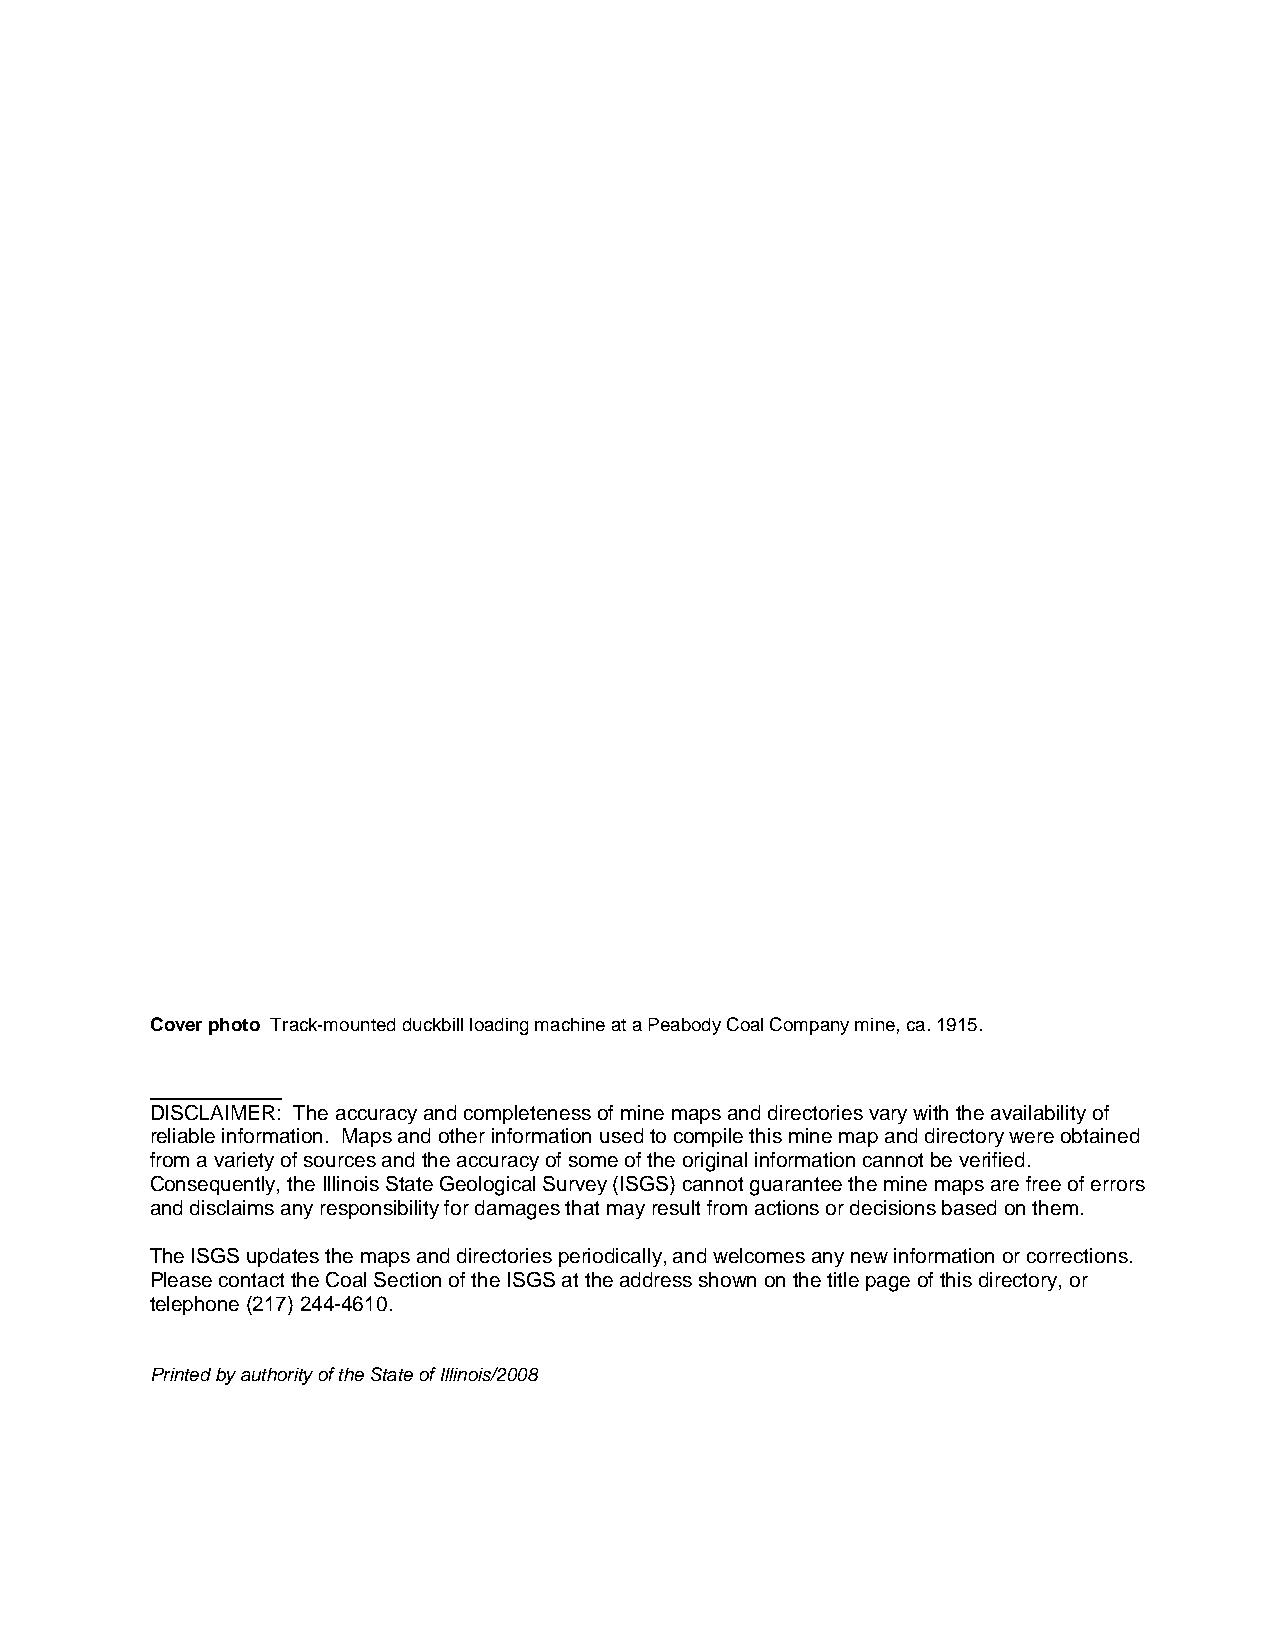
Cover photo Track-mounted duckbill loading machine at a Peabody Coal Company mine, ca. 1915.
 DISCLAIMER: The accuracy and completeness of mine maps and directories vary with the availability of
 reliable information. Maps and other information used to compile this mine map and directory were obtained
 from a variety of sources and the accuracy of some of the original information cannot be verified.
 Consequently, the Illinois State Geological Survey (ISGS) cannot guarantee the mine maps are free of errors
 and disclaims any responsibility for damages that may result from actions or decisions based on them.
 The ISGS updates the maps and directories periodically, and welcomes any new information or corrections.
 Please contact the Coal Section of the ISGS at the address shown on the title page of this directory, or
 telephone (217) 244-4610.
 Printed by authority of the State of Illinois/2008